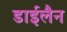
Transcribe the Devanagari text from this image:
डाईलैन